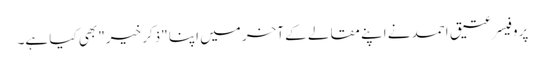
پروفیسر عتیق احمد نے اپنے مقالے کے آخر میں اپنا "ذکرِ خیر" بھی کیا ہے۔